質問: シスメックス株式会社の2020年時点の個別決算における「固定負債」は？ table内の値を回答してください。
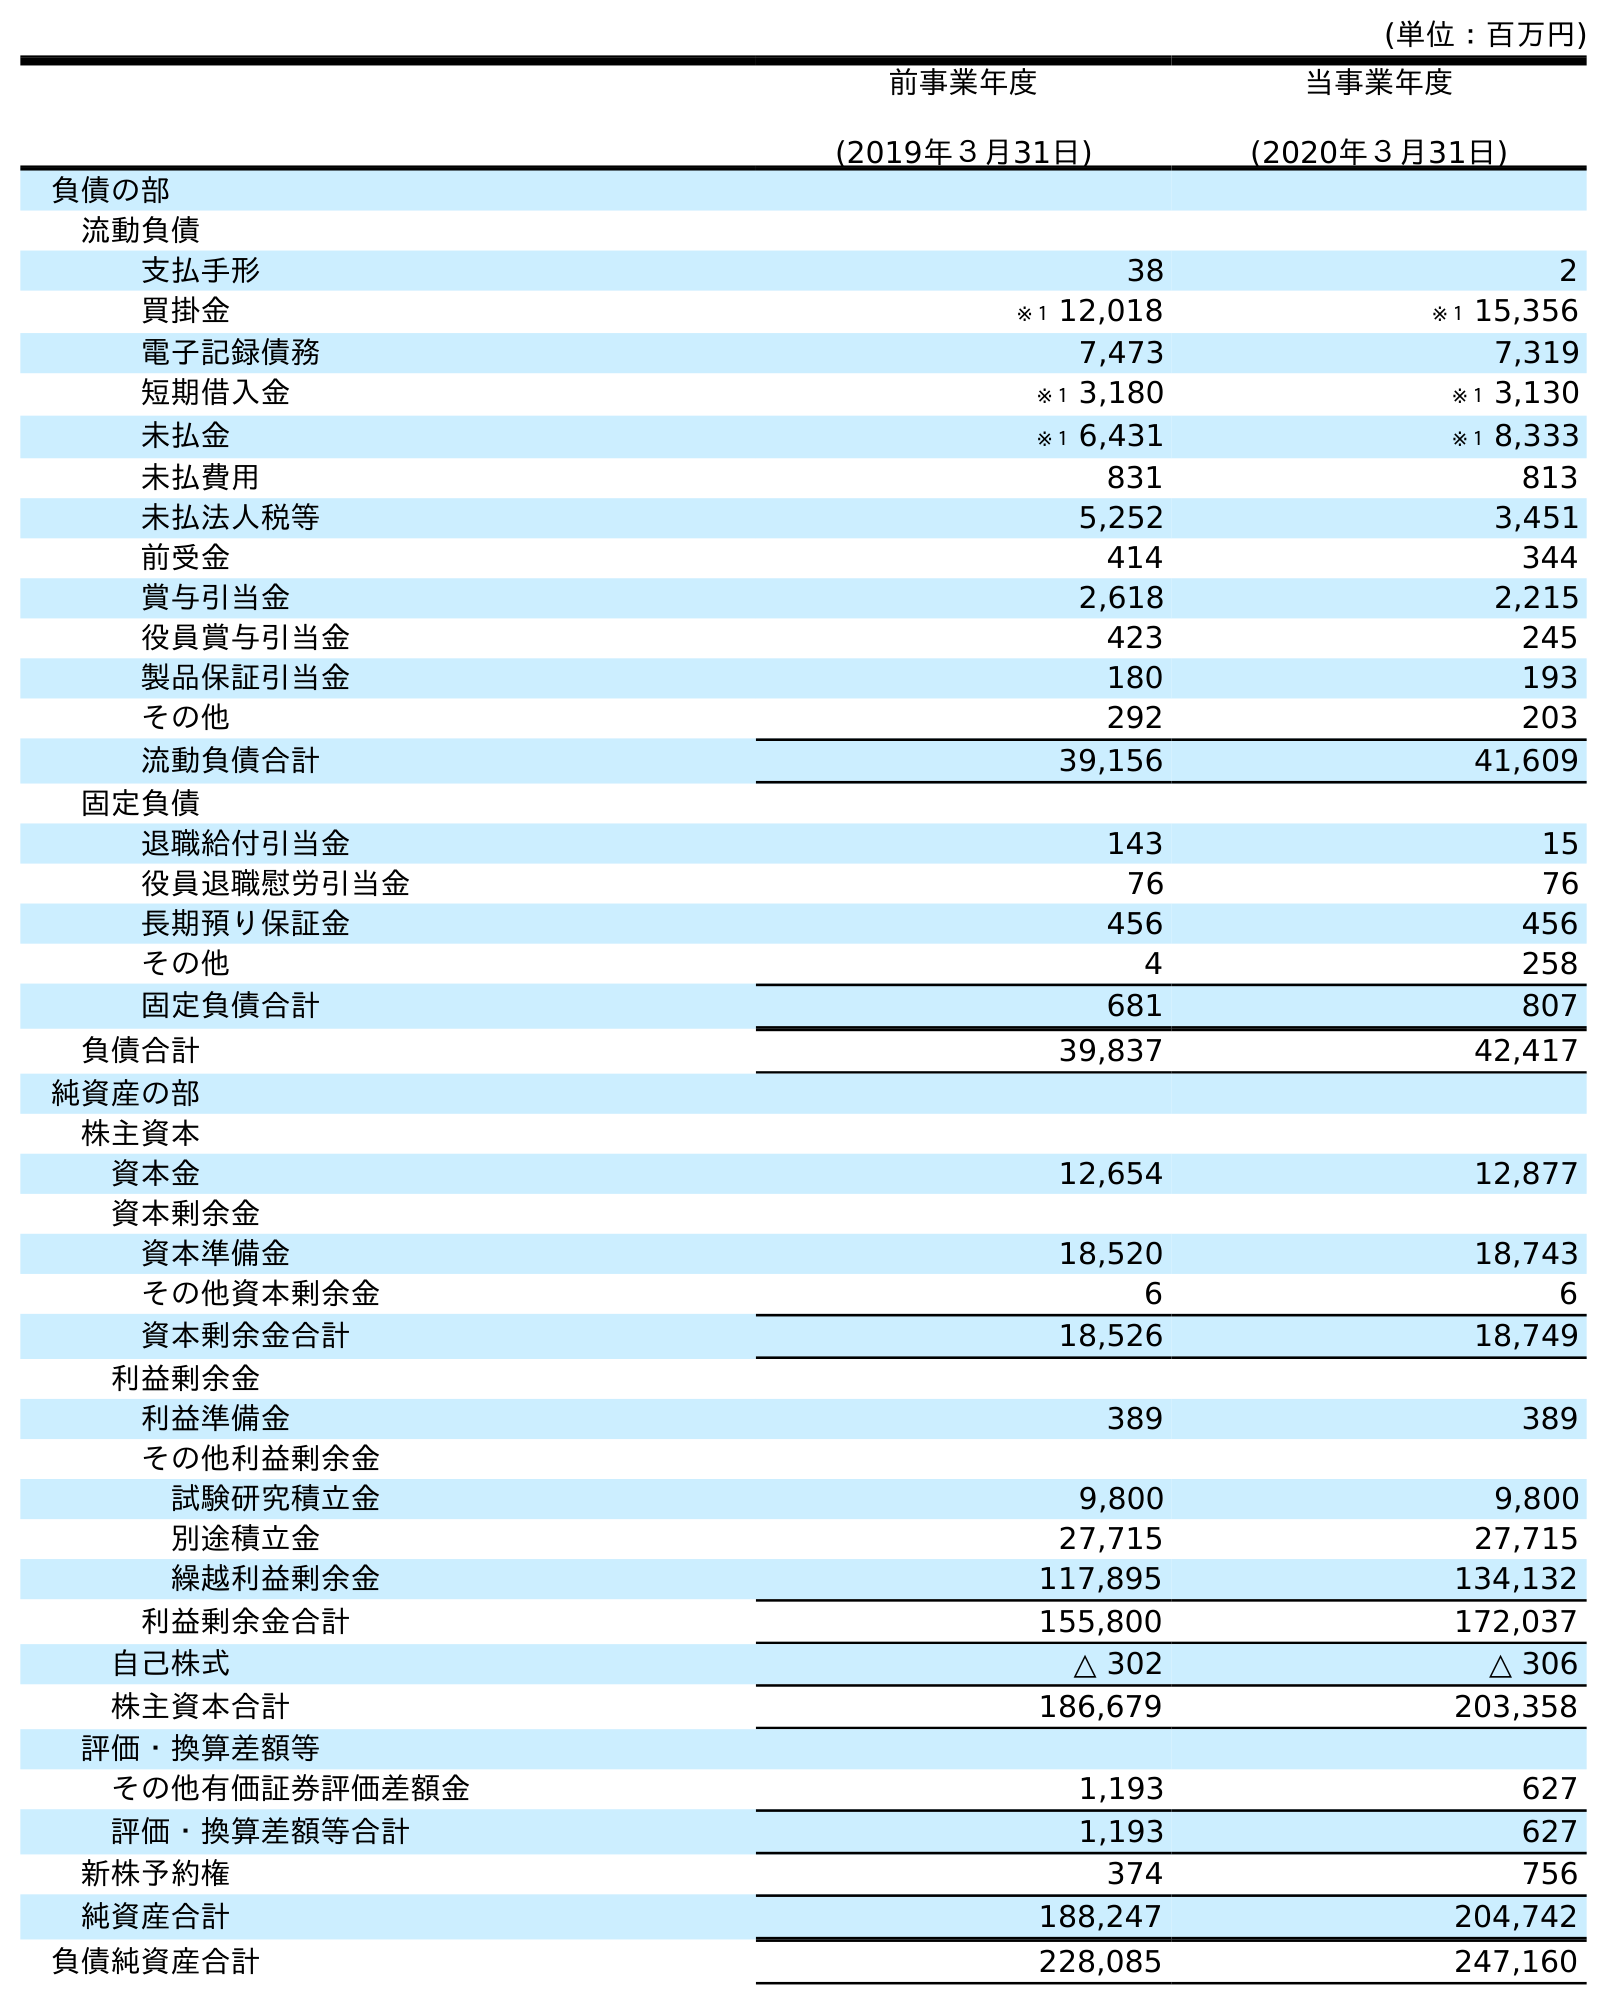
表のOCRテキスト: (単位：百万円) 前事業年度 (2019年３月31日) 当事業年度 (2020年３月31日) 負債の部 流動負債 支払手形 38 2 買掛金 ※１ 12,018 ※１ 15,356 電子記録債務 7,473 7,319 短期借入金 ※１ 3,180 ※１ 3,130 未払金 ※１ 6,431 ※１ 8,333 未払費用 831 813 未払法人税等 5,252 3,451 前受金 414 344 賞与引当金 2,618 2,215 役員賞与引当金 423 245 製品保証引当金 180 193 その他 292 203 流動負債合計 39,156 41,609 固定負債 退職給付引当金 143 15 役員退職慰労引当金 76 76 長期預り保証金 456 456 その他 4 258 固定負債合計 681 807 負債合計 39,837 42,417 純資産の部 株主資本 資本金 12,654 12,877 資本剰余金 資本準備金 18,520 18,743 その他資本剰余金 6 6 資本剰余金合計 18,526 18,749 利益剰余金 利益準備金 389 389 その他利益剰余金 試験研究積立金 9,800 9,800 別途積立金 27,715 27,715 繰越利益剰余金 117,895 134,132 利益剰余金合計 155,800 172,037 自己株式 △ 302 △ 306 株主資本合計 186,679 203,358 評価・換算差額等 その他有価証券評価差額金 1,193 627 評価・換算差額等合計 1,193 627 新株予約権 374 756 純資産合計 188,247 204,742 負債純資産合計 228,085 247,160
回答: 807